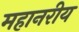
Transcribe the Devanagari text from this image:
महानरीय